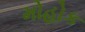
મોહોક